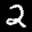
Label: 2